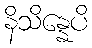
နိသိန္နေပိ